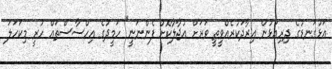
އަޅުގަނޑުގެ ދިރިއުޅުން އިރާދަކުރެއްވީތީ ވަރަށް އުޖާލާކޮށް ފެންނަނީ" ހަމީދުގެ އިހްސާސްތައް ހުރީ މިކަހަލަ